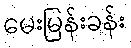
မေးမြန်းခန်း